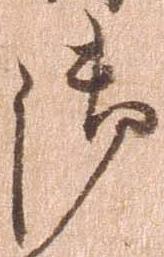
御